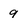
Character: 9